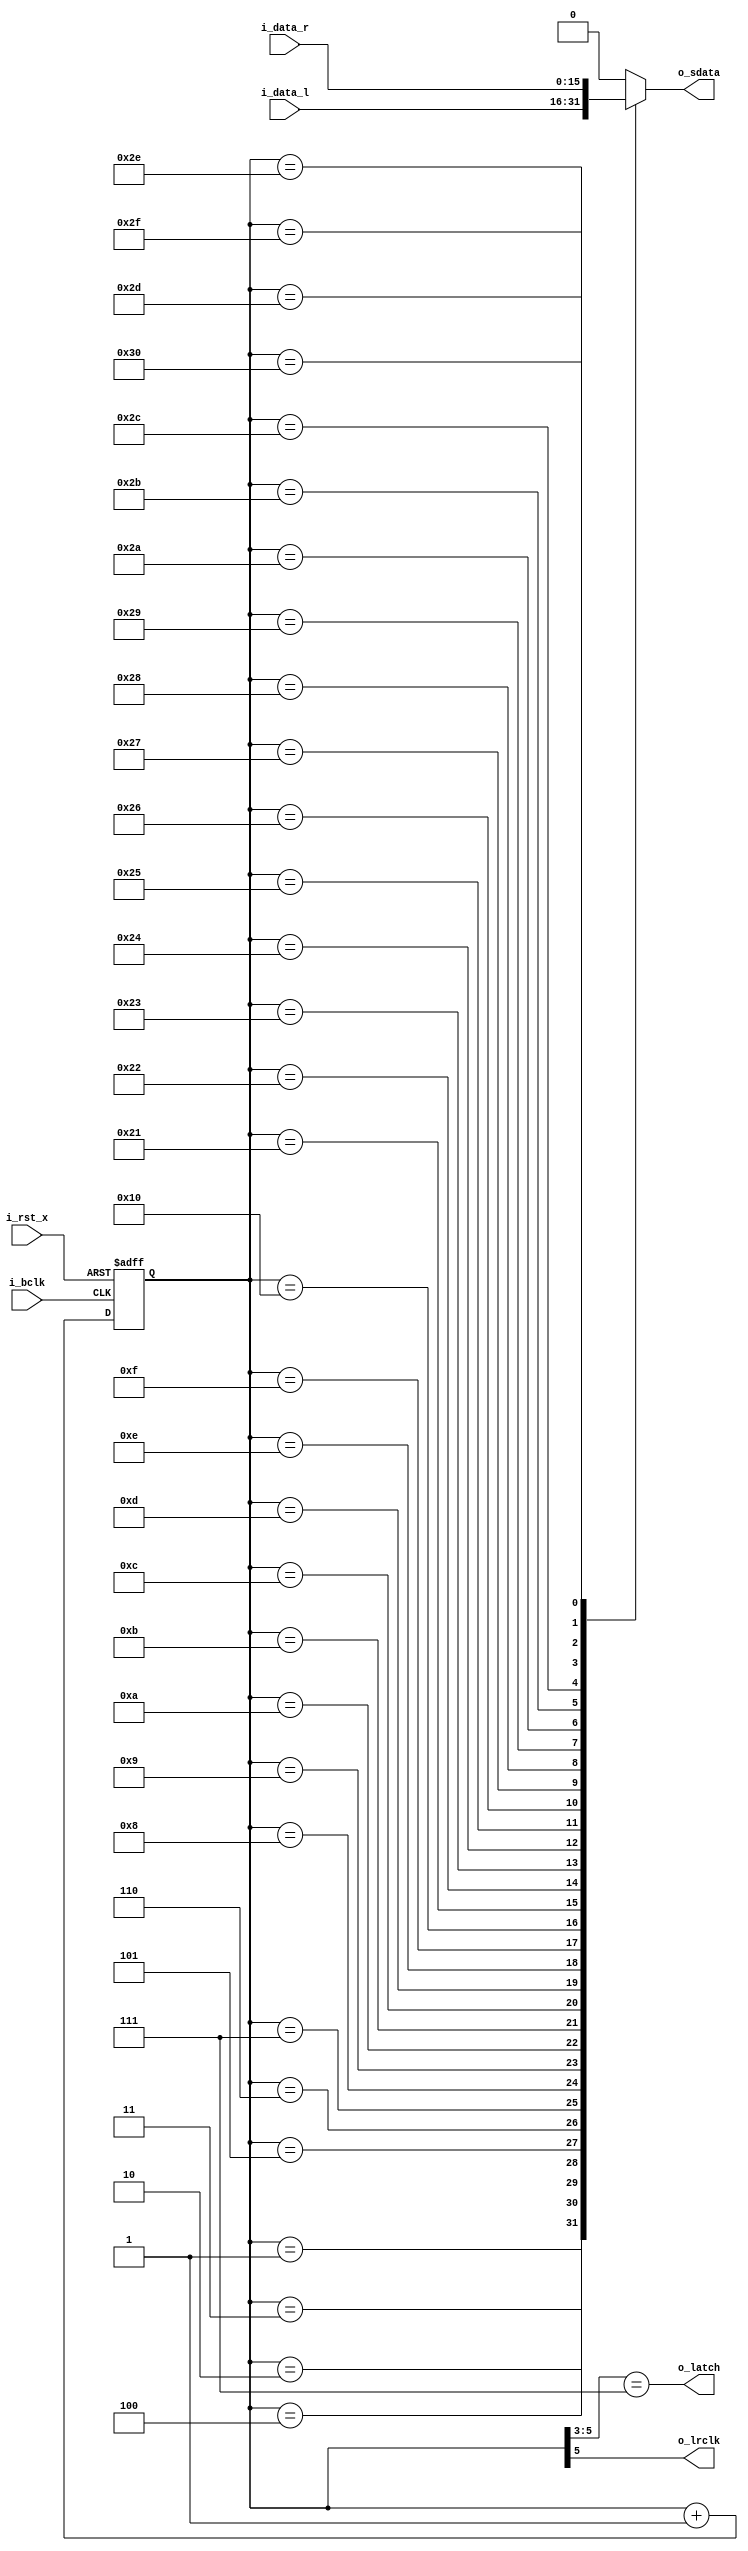
// Copyright 2023 Takashi Toyoshima <toyoshim@gmail.com>.
// Use of this source code is governed by a BSD-style license that can be found
// in the LICENSE file.

// MCLK: 24.576 MHz
// BCLK:  6.144 MHz
// LR  : 96     KHZ
// I2S format.
module I2sEncoder(i_rst_x, i_bclk, i_data_l, i_data_r, o_lrclk, o_sdata, o_latch);

	input i_rst_x;
	input i_bclk;
	input[15:0] i_data_l;
	input[15:0] i_data_r;

	output o_lrclk;
	output o_sdata;
	output o_latch;
	
	reg [5:0] r_count;
	
	wire w_clk;
	
	assign w_clk = !i_bclk;
	assign o_lrclk = r_count[5];
	assign o_latch = r_count[5:3] == 3'b111;
	
	always @ (posedge w_clk or negedge i_rst_x) begin
		if (!i_rst_x) begin
			r_count <= 6'b000000;
		end else begin
			r_count <= r_count + 6'b000001;
		end
	end

	function select;
		input [31:0] data;
		input [5:0] count;
		begin
			case (count)
				6'b000001: select = data[31];
				6'b000010: select = data[30];
				6'b000011: select = data[29];
				6'b000100: select = data[28];
				6'b000101: select = data[27];
				6'b000110: select = data[26];
				6'b000111: select = data[25];
				6'b001000: select = data[24];
				6'b001001: select = data[23];
				6'b001010: select = data[22];
				6'b001011: select = data[21];
				6'b001100: select = data[20];
				6'b001101: select = data[19];
				6'b001110: select = data[18];
				6'b001111: select = data[17];
				6'b010000: select = data[16];
				6'b100001: select = data[15];
				6'b100010: select = data[14];
				6'b100011: select = data[13];
				6'b100100: select = data[12];
				6'b100101: select = data[11];
				6'b100110: select = data[10];
				6'b100111: select = data[9];
				6'b101000: select = data[8];
				6'b101001: select = data[7];
				6'b101010: select = data[6];
				6'b101011: select = data[5];
				6'b101100: select = data[4];
				6'b101101: select = data[3];
				6'b101110: select = data[2];
				6'b101111: select = data[1];
				6'b110000: select = data[0];
				default: select = 1'b0;
			endcase
		end
	endfunction

	assign o_sdata = select({i_data_l, i_data_r}, r_count);

endmodule